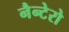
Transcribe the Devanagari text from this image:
नैन्टेरो